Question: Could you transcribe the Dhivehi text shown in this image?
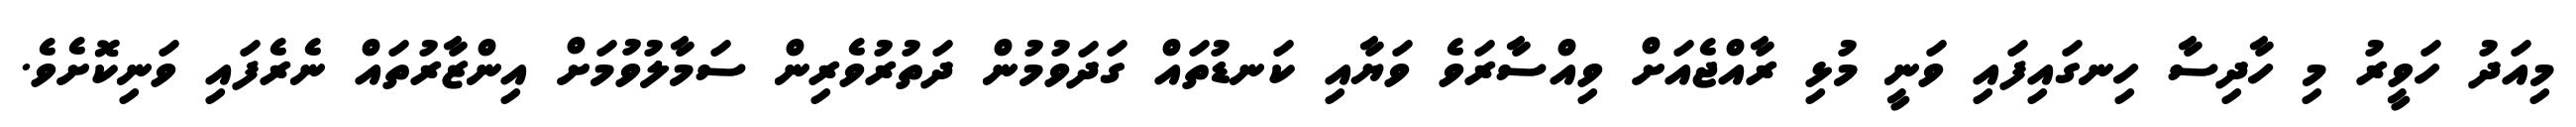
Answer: މިއަދު ހަވީރު މި ހާދިސާ ހިނގައިފައި ވަނީ މުޅި ރާއްޖެއަށް ވިއްސާރަވެ ވަޔާއި ކަނޑުތައް ގަދަވުމުން ދަތުރުވެރިން ސަމާލުވުމަށް އިންޒާރުތައް ނެރެފައި ވަނިކޮށެވެ.